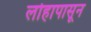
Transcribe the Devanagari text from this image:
लोहापासून